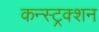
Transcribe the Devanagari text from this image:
कन्‍स्‍ट्रक्‍शन